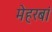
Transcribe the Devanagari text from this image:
मेहरबां